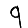
Digit: 9